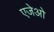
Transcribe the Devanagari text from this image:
एजेओ